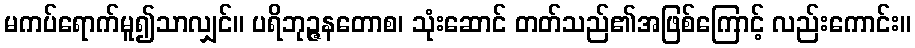
မကပ်ရောက်မူ၍သာလျှင်။ ပရိဘုဉ္ဇနတောစ၊ သုံးဆောင် တတ်သည်၏အဖြစ်ကြောင့် လည်းကောင်း။